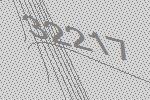
32217